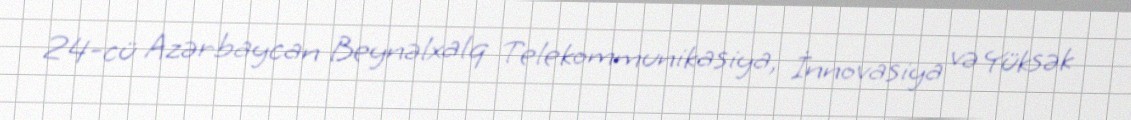
24-cü Azərbaycan Beynəlxalq Telekommunikasiya, İnnovasiya və Yüksək